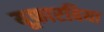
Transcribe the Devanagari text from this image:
यूफ़ारबिया